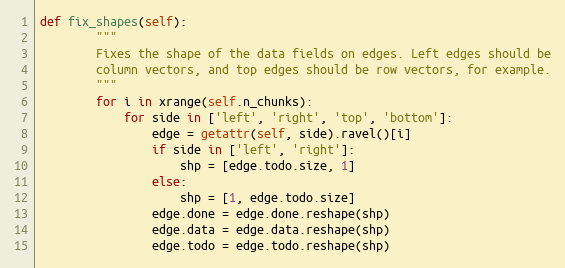
Language: Python
def fix_shapes(self):
        """
        Fixes the shape of the data fields on edges. Left edges should be
        column vectors, and top edges should be row vectors, for example.
        """
        for i in xrange(self.n_chunks):
            for side in ['left', 'right', 'top', 'bottom']:
                edge = getattr(self, side).ravel()[i]
                if side in ['left', 'right']:
                    shp = [edge.todo.size, 1]
                else:
                    shp = [1, edge.todo.size]
                edge.done = edge.done.reshape(shp)
                edge.data = edge.data.reshape(shp)
                edge.todo = edge.todo.reshape(shp)